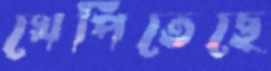
খেপিতেছে